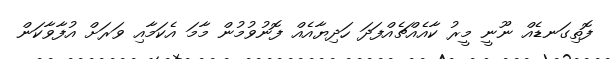
ފޮތިގަނޑެއް ނޫނީ މީރު ކާއެއްޗެއްފަދަ ހަދިޔާއެއް ފޮނުވުމުން މާމަ އެކަމާއި ވަރަށް އުފާވާކަން